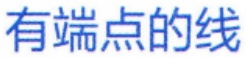
有端点的线